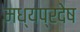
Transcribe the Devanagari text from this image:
मध्यप्रदेष